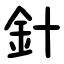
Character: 針